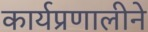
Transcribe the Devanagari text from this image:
कार्यप्रणालीने